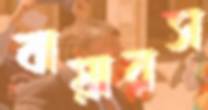
বায়ারস